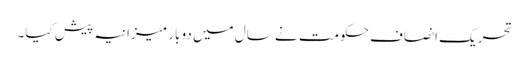
تحریکِ انصاف حکومت نے سال میں دو بار میزانیہ پیش کیا۔